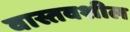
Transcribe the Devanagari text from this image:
वास्तवशील